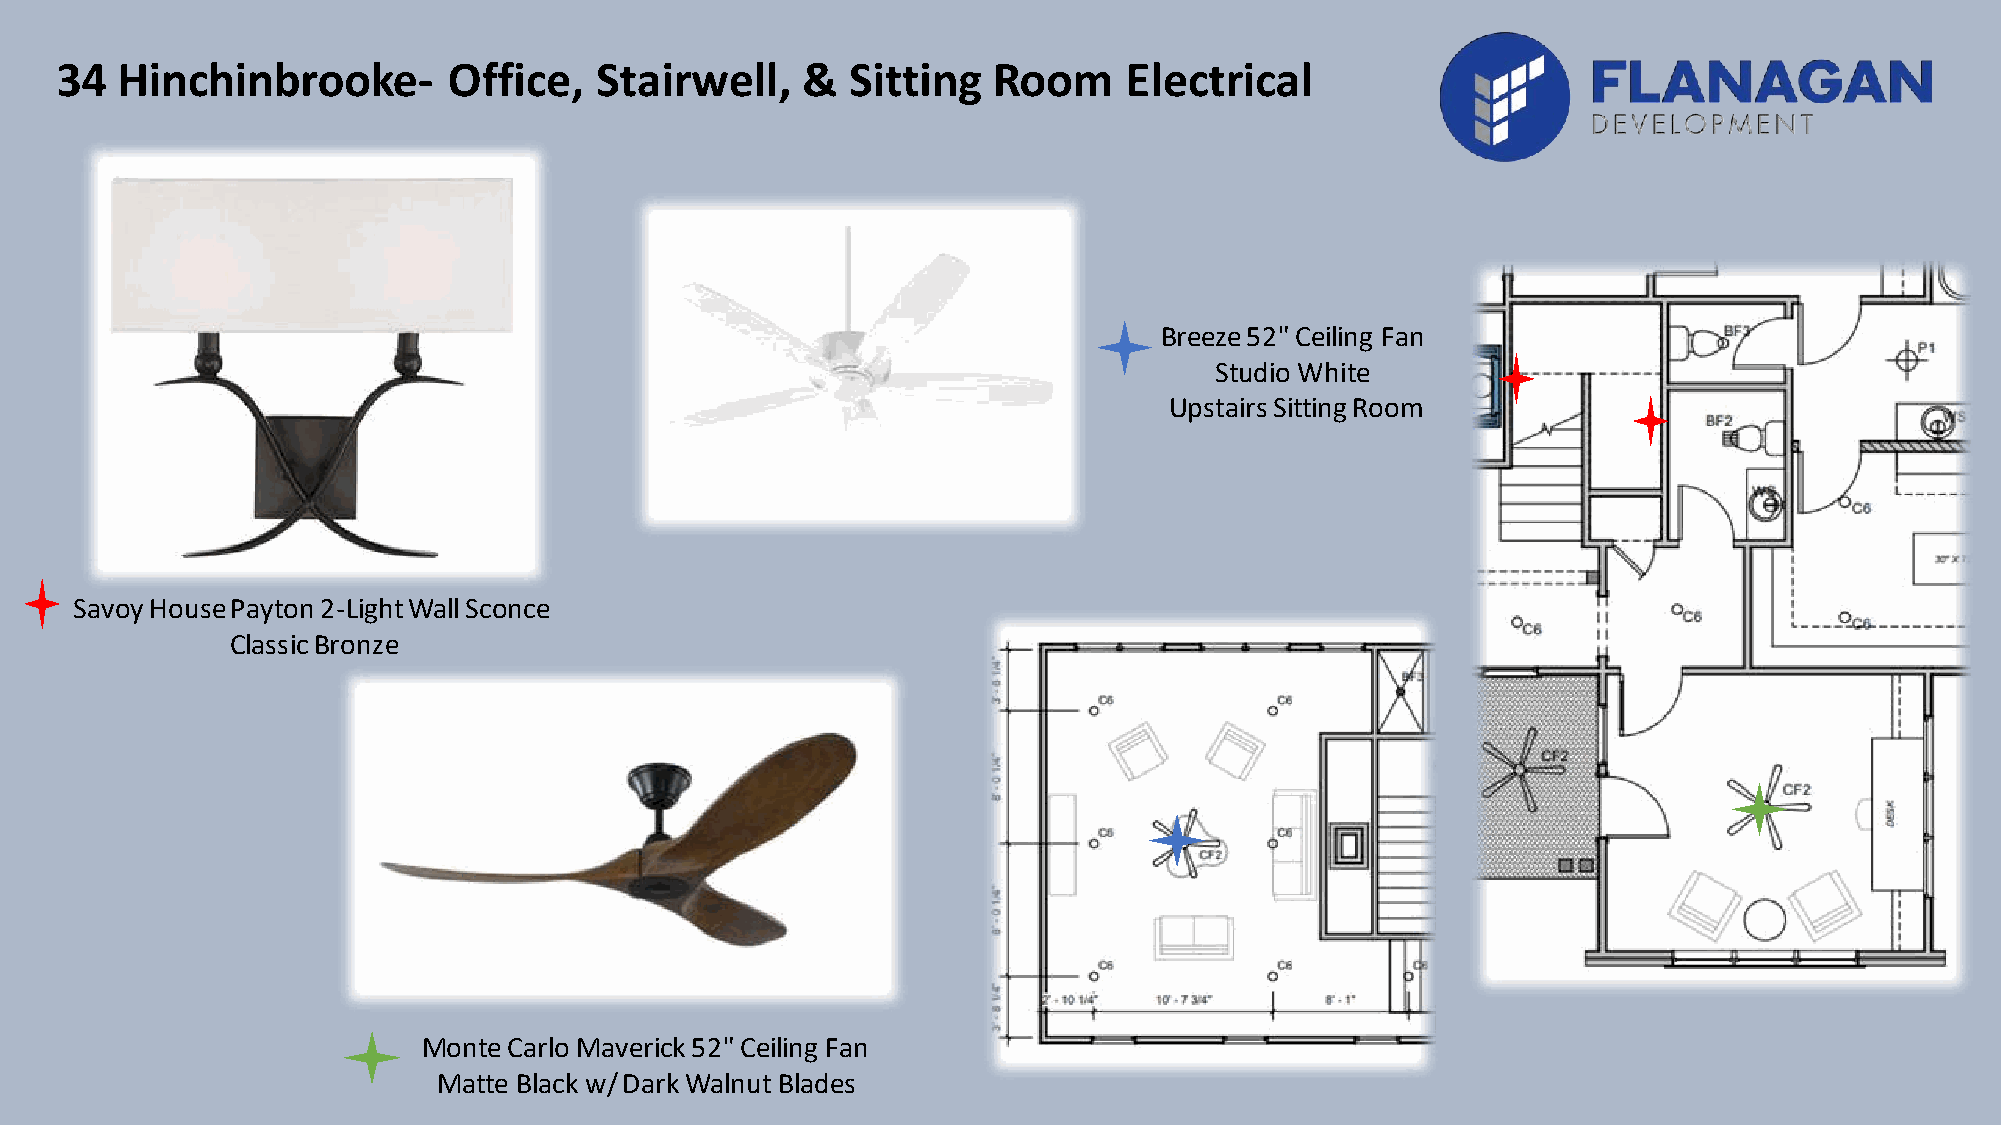
34  Hinchinbrooke-        Office,  Stairwell,    &  Sitting   Room    Electrical
 Breeze 52" Ceiling Fan
 Studio White
 Upstairs Sitting Room
 Savoy House Payton 2-Light Wall Sconce
 Classic Bronze
 Monte Carlo Maverick 52" Ceiling Fan
 Matte Black w/ Dark Walnut Blades